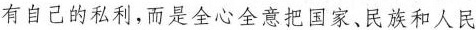
有自己的私利，而是全心全意把国家、民族和人民